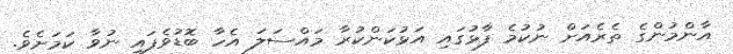
އާންމުންގެ ތެރެއަށް ނުކުމެ ފާޅުގައި އަޅުކަންކުރާ މައްސަލަ އެހާ ބޮޑުވެފައި ނުވާ ކަމަށެވެ.